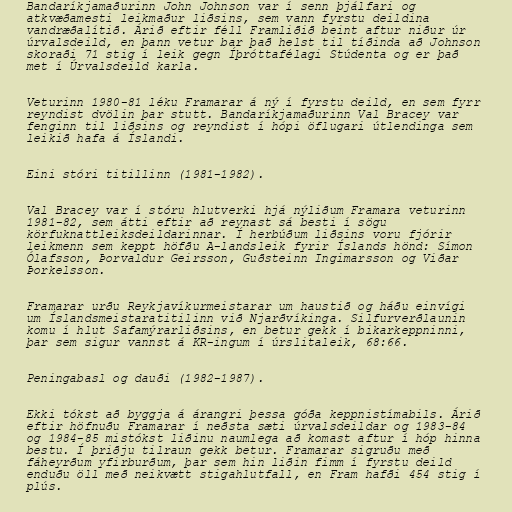
Bandaríkjamaðurinn John Johnson var í senn þjálfari og
atkvæðamesti leikmaður liðsins, sem vann fyrstu deildina
vandræðalítið. Árið eftir féll Framliðið beint aftur niður úr
úrvalsdeild, en þann vetur bar það helst til tíðinda að Johnson
skoraði 71 stig í leik gegn Íþróttafélagi Stúdenta og er það
met í Úrvalsdeild karla.

Veturinn 1980-81 léku Framarar á ný í fyrstu deild, en sem fyrr
reyndist dvölin þar stutt. Bandaríkjamaðurinn Val Bracey var
fenginn til liðsins og reyndist í hópi öflugari útlendinga sem
leikið hafa á Íslandi.

Eini stóri titillinn (1981-1982).

Val Bracey var í stóru hlutverki hjá nýliðum Framara veturinn
1981-82, sem átti eftir að reynast sá besti í sögu
körfuknattleiksdeildarinnar. Í herbúðum liðsins voru fjórir
leikmenn sem keppt höfðu A-landsleik fyrir Íslands hönd: Símon
Ólafsson, Þorvaldur Geirsson, Guðsteinn Ingimarsson og Viðar
Þorkelsson.

Framarar urðu Reykjavíkurmeistarar um haustið og háðu einvígi
um Íslandsmeistaratitilinn við Njarðvíkinga. Silfurverðlaunin
komu í hlut Safamýrarliðsins, en betur gekk í bikarkeppninni,
þar sem sigur vannst á KR-ingum í úrslitaleik, 68:66.

Peningabasl og dauði (1982-1987).

Ekki tókst að byggja á árangri þessa góða keppnistímabils. Árið
eftir höfnuðu Framarar í neðsta sæti úrvalsdeildar og 1983-84
og 1984-85 mistókst liðinu naumlega að komast aftur í hóp hinna
bestu. Í þriðju tilraun gekk betur. Framarar sigruðu með
fáheyrðum yfirburðum, þar sem hin liðin fimm í fyrstu deild
enduðu öll með neikvætt stigahlutfall, en Fram hafði 454 stig í
plús.